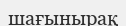
шағынырақ